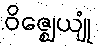
ဝိဇ္ဈေယျုံ